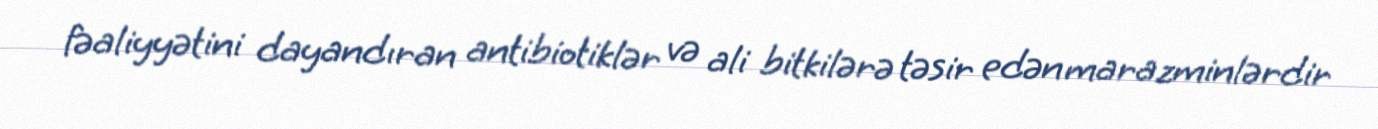
fəaliyyətini dayandıran antibiotiklər və ali bitkilərə təsir edən marazminlərdir